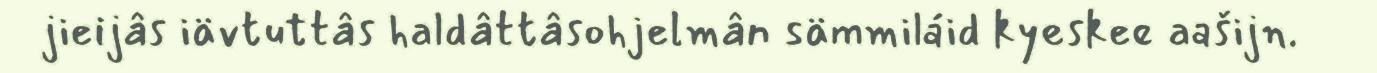
jieijâs iävtuttâs haldâttâsohjelmân sämmiláid kyeskee aašijn.